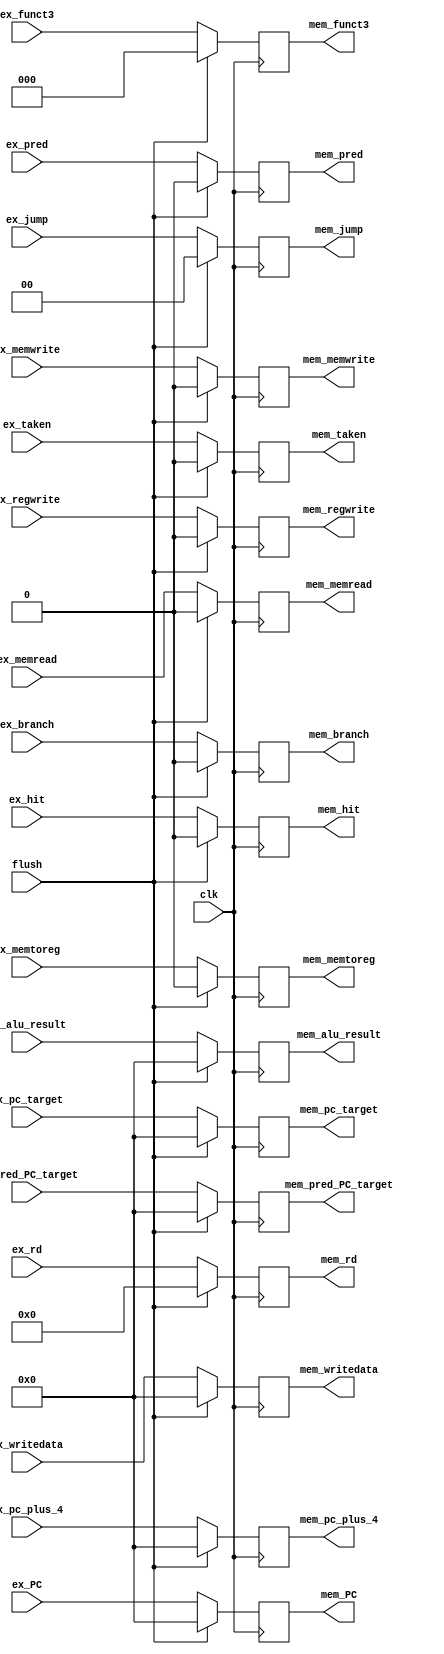
//exmem_reg.v


module exmem_reg #(
  parameter DATA_WIDTH = 32
)(
  // \TODO: Add flush or stall signal if it is needed
  input flush,

  //////////////////////////////////////
  // Inputs
  //////////////////////////////////////
  input clk,

  // branch prediction
  input [DATA_WIDTH-1:0] ex_PC,
  input [DATA_WIDTH-1:0] ex_pc_plus_4,
  input [DATA_WIDTH-1:0] ex_pc_target,
  input ex_taken,
  input ex_branch,
  input ex_pred,
  input ex_hit,
  input [DATA_WIDTH-1:0] ex_pred_PC_target,

  // mem control
  input ex_memread,
  input ex_memwrite,

  // wb control
  input [1:0] ex_jump,
  input ex_memtoreg,
  input ex_regwrite,
  
  input [DATA_WIDTH-1:0] ex_alu_result,
  input [DATA_WIDTH-1:0] ex_writedata,
  input [2:0] ex_funct3,
  input [4:0] ex_rd,
  
  //////////////////////////////////////
  // Outputs
  //////////////////////////////////////

  // branch prediction
  output reg [DATA_WIDTH-1:0] mem_PC,
  output reg [DATA_WIDTH-1:0] mem_pc_plus_4,
  output reg [DATA_WIDTH-1:0] mem_pc_target,
  output reg mem_taken,
  output reg mem_branch,
  output reg mem_pred,
  output reg mem_hit,
  output reg [DATA_WIDTH-1:0] mem_pred_PC_target,

  // mem control
  output reg mem_memread,
  output reg mem_memwrite,

  // wb control
  output reg [1:0] mem_jump,
  output reg mem_memtoreg,
  output reg mem_regwrite,
  
  output reg [DATA_WIDTH-1:0] mem_alu_result,
  output reg [DATA_WIDTH-1:0] mem_writedata,
  output reg [2:0] mem_funct3,
  output reg [4:0] mem_rd
);

// \TODO: Implement EX / MEM pipeline register module
always @(posedge clk) begin
  if (flush) begin
    mem_PC <= 32'b0;
    mem_pc_plus_4 <= 32'b0;
    mem_pc_target <= 32'b0;
    mem_taken <= 1'b0;
    mem_branch <= 1'b0;
    mem_pred <= 1'b0;
    mem_hit <= 1'b0;
    mem_pred_PC_target <= 32'b0;

    mem_memread <= 1'b0;
    mem_memwrite <= 1'b0;
    mem_jump <= 2'b0;
    mem_memtoreg <= 1'b0;
    mem_regwrite <= 1'b0;
    mem_alu_result <= 32'b0;
    mem_writedata <= 32'b0;
    mem_funct3 <= 3'b0;
    mem_rd <= 5'b0;
  end
  else begin
    mem_PC <= ex_PC;
    mem_pc_plus_4 <= ex_pc_plus_4;
    mem_pc_target <= ex_pc_target;
    mem_taken <= ex_taken;
    mem_branch <= ex_branch;
    mem_pred <= ex_pred;
    mem_hit <= ex_hit;
    mem_pred_PC_target <= ex_pred_PC_target;

    mem_memread <= ex_memread;
    mem_memwrite <= ex_memwrite;
    mem_jump <= ex_jump;
    mem_memtoreg <= ex_memtoreg;
    mem_regwrite <= ex_regwrite;
    mem_alu_result <= ex_alu_result;
    mem_writedata <= ex_writedata;
    mem_funct3 <= ex_funct3;
    mem_rd <= ex_rd;
  end
end

endmodule